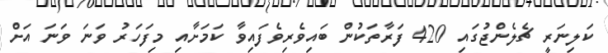
ކަލިނަރީ ޗެލެންޖުގައި 420 ފަރާތަކުން ބައިވެރިވެފައިވާ ކަމަށާއި މިފަހަރު ވަނަ ވަނަ އަށް